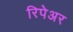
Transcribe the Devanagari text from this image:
रिपेअर